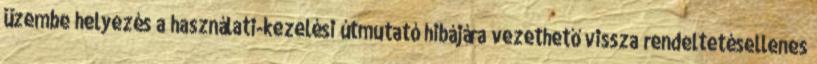
üzembe helyezés a használati-kezelési útmutató hibájára vezethető vissza rendeltetésellenes